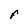
Character: F